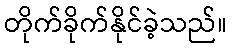
တိုက်ခိုက်နိုင်ခဲ့သည်။